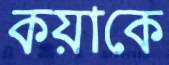
কয়াকে